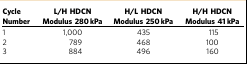
| Cycle Number | L/H HDCN Modulus 280 kPa | H/L HDCN Modulus 250 kPa | H/H HDCN Modulus 41 kPa |
 | --- | --- | --- | --- |
 | 1 | 1,000 | 435 | 115 |
 | 2 | 789 | 468 | 100 |
 | 3 | 884 | 496 | 160 |